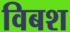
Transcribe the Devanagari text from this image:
विबश